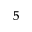
^ { 5 }